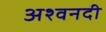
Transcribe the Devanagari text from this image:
अश्वनदी